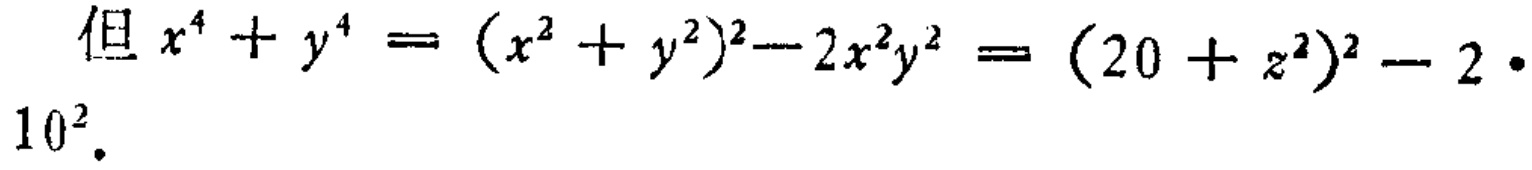
但 \(x^{4}+y^{4}=(x^{2}+y^{2})^{2}-2x^{2}y^{2}=(20 + z^{2})^{2}-2\cdot10^{2}\).